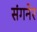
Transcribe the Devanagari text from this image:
संगनेर